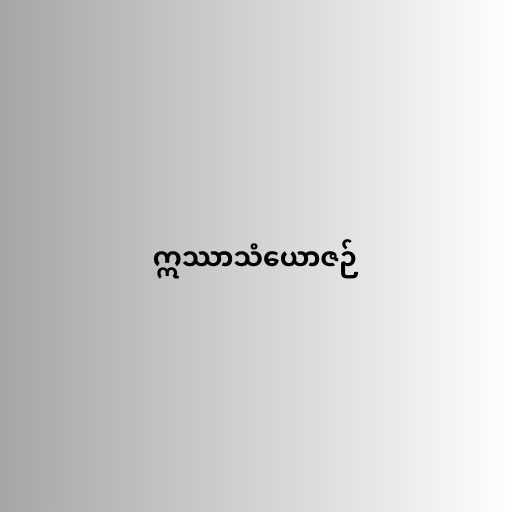
ဣဿာသံယောဇဉ်